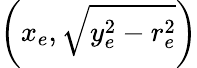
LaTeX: \left(x_{e},{\sqrt{y_{e}^{2}-r_{e}^{2}}}\right)